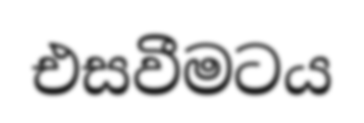
එසවීමටය